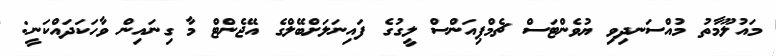
މައުލޫމާތު މުއްސަނދިވި ޔުވެންޓަސް ޗެމްޕިއަންސް ލީގުގެ ފައިނަލަށްބޭލްގެ އޭޖެންޓް މާ ގިނައިން ވާހަކަދައްކަނީ: